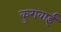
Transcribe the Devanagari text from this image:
कुरावाई